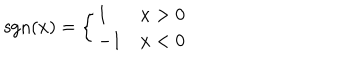
\mathrm { s g n } ( x ) = \left\{ \begin{array} { l l } { { 1 \ } } & { { x > 0 } } \\ { { - 1 } } & { { x < 0 } } \\ \end{array} \right.